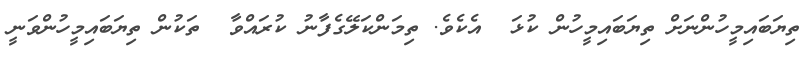
ތިޔަބައިމީހުންނަށް ތިޔަބައިމީހުން ކުޅަ  އެކެވެ. ތިމަންކަލޭގެފާނު ކުރައްވާ  ތަކުން ތިޔަބައިމީހުންވަނީ